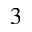
^ 3